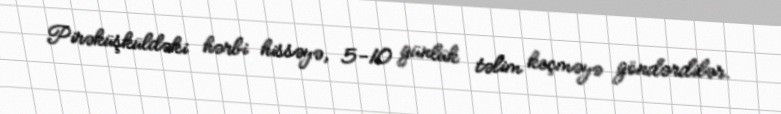
Pirəküşküldəki hərbi hissəyə, 5-10 günlük təlim keçməyə göndərdilər.